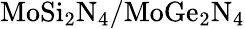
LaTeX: \mathrm{MoSi_{2}N_{4}/MoGe_{2}N_{4}}